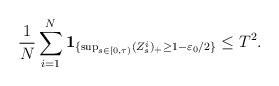
LaTeX: \begin{align*}\frac{1}{N}\sum_{i=1}^{N}{\mathbf{1}}_{\{\sup_{s \in [0,\tau)}(Z_{s}^{i})_{+}\geq1-\varepsilon_{0}/2\}}\leq T^{2}.\end{align*}